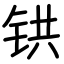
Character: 𫟹